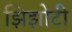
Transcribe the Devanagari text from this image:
झिझोटी